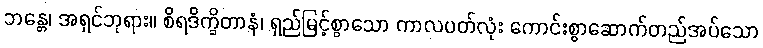
ဘန္တေ၊ အရှင်ဘုရား။ စိရဒိက္ခိတာနံ၊ ရှည်မြင့်စွာသော ကာလပတ်လုံး ကောင်းစွာဆောက်တည်အပ်သော